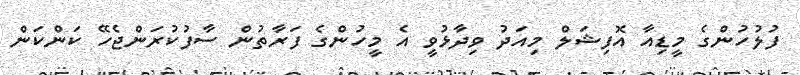
ފުލުހުންގެ މީޑިއާ އޮފިޝަލް މިއަދު ވިދާޅުވީ އެ މީހުންގެ ފަރާތުން ސާފުކުރަންޖެހޭ ކަންކަން